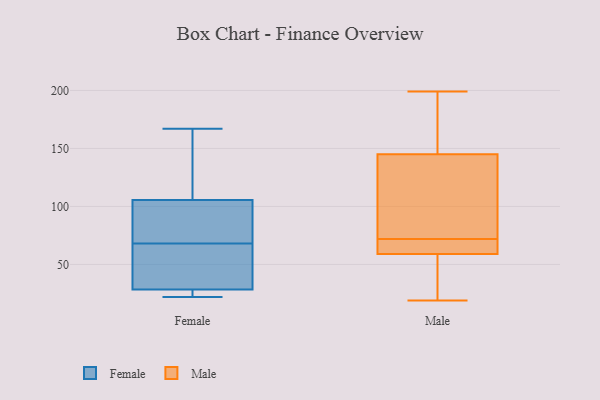
{"axis": {"x": "Demand Index", "y": "Value"}, "legend": ["Female", "Male"], "data": [{"x": "", "y": 114, "type": "Female"}, {"x": "", "y": 95, "type": "Female"}, {"x": "", "y": 57, "type": "Female"}, {"x": "", "y": 167, "type": "Female"}, {"x": "", "y": 25, "type": "Female"}, {"x": "", "y": 68, "type": "Female"}, {"x": "", "y": 72, "type": "Female"}, {"x": "", "y": 22, "type": "Female"}, {"x": "", "y": 39, "type": "Female"}, {"x": "", "y": 22, "type": "Female"}, {"x": "", "y": 109, "type": "Female"}, {"x": "", "y": 46, "type": "Male"}, {"x": "", "y": 195, "type": "Male"}, {"x": "", "y": 145, "type": "Male"}, {"x": "", "y": 69, "type": "Male"}, {"x": "", "y": 63, "type": "Male"}, {"x": "", "y": 19, "type": "Male"}, {"x": "", "y": 129, "type": "Male"}, {"x": "", "y": 157, "type": "Male"}, {"x": "", "y": 59, "type": "Male"}, {"x": "", "y": 114, "type": "Male"}, {"x": "", "y": 45, "type": "Male"}, {"x": "", "y": 199, "type": "Male"}, {"x": "", "y": 63, "type": "Male"}, {"x": "", "y": 75, "type": "Male"}]}